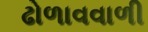
ઢોળાવવાળી